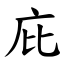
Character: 庇